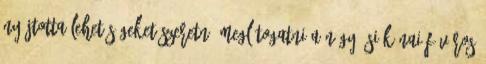
nyújtotta lehetőségeket Szeretné meglátogatni a négy ősi kínai főváros